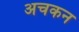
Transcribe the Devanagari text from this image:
अचकन